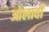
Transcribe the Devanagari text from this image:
ओलावी